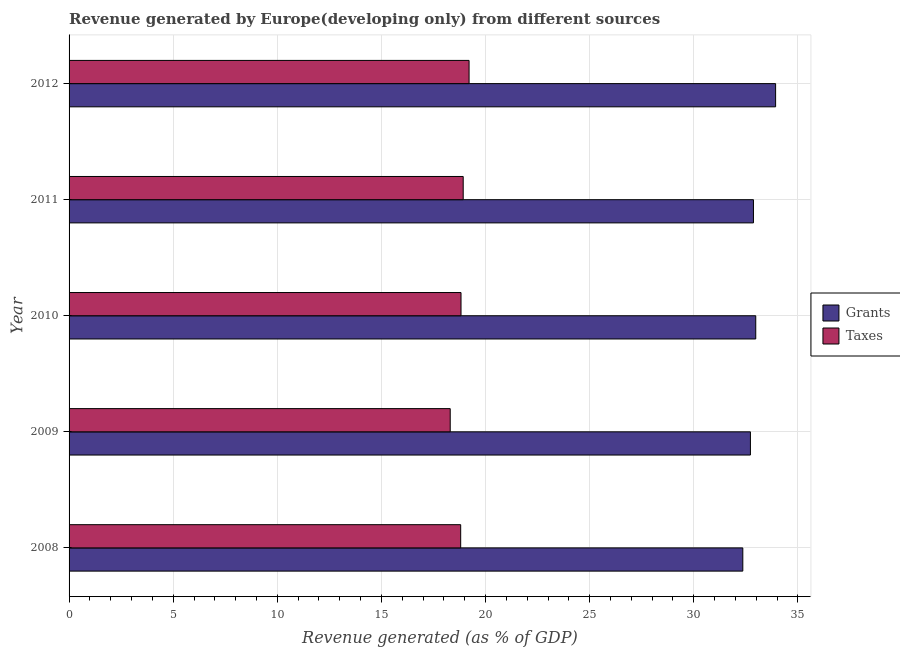
| Year | Grants | Taxes |
 | --- | --- | --- |
 | 2008 | 32.4 | 18.8 |
 | 2009 | 32.7 | 18.3 |
 | 2010 | 33 | 18.8 |
 | 2011 | 32.9 | 18.9 |
 | 2012 | 33.9 | 19.2 |